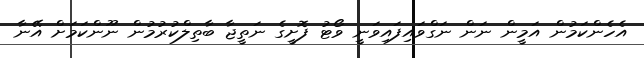
އެހެންކަމުން އަމީން ނަން ނަގްވައިފައިވަނީ ވޯޓު ފޮށީގެ ނަތީޖާ ބާތިލްކުރުމުން ނޫންކަމަށް އޭނާ